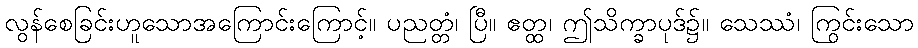
လွန်စေခြင်းဟူသောအကြောင်းကြောင့်။ ပညတ္တံ၊ ပြီ။ ဧတ္ထ၊ ဤသိက္ခာပုဒ်၌။ သေဿံ၊ ကြွင်းသော